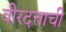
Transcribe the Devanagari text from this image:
वीरदत्ताची